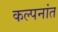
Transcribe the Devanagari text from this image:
कल्पनांत